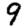
Digit: 9